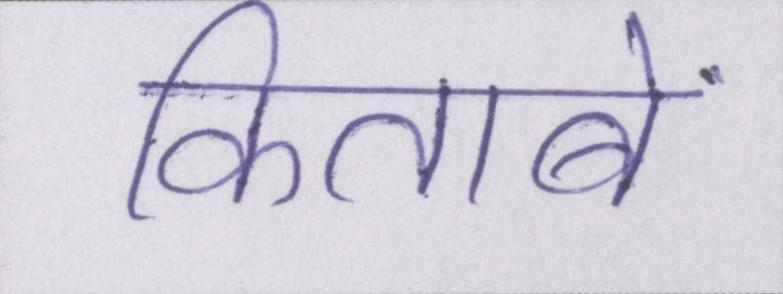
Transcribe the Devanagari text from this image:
किताबें